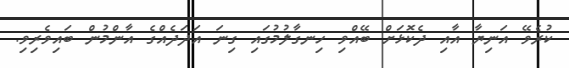
ކުރެވޭ އަނިޔާ އާއި ދެކޮޅަށް ބޭއްވި ހިނގާލުމުގައި ގިނަ އަދަދެއްގެ އާންމުން ބައިވެރިވި.